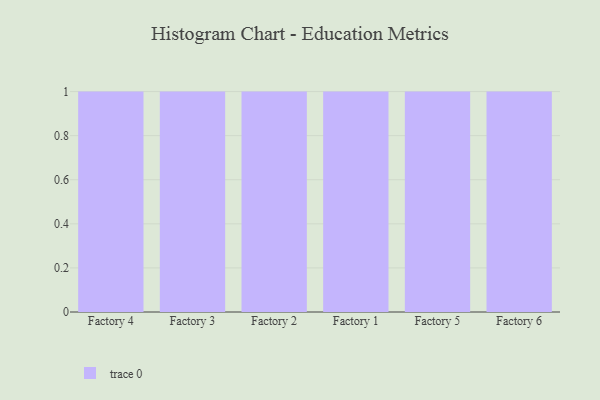
{"axis": {"x": "Factory", "y": "LTV (USD)"}, "legend": [""], "data": [{"x": "Factory 4", "y": 38, "type": ""}, {"x": "Factory 3", "y": 81, "type": ""}, {"x": "Factory 2", "y": 92, "type": ""}, {"x": "Factory 1", "y": 91, "type": ""}, {"x": "Factory 5", "y": 53, "type": ""}, {"x": "Factory 6", "y": 6, "type": ""}]}